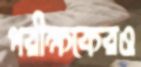
পরীক্ষকেরও